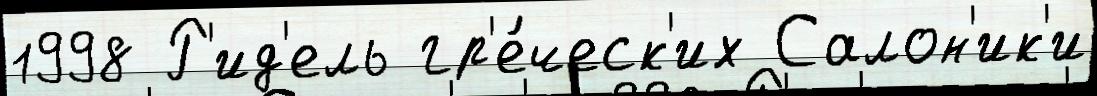
1998 Р'ид'ель гр'е́ческ'их Салон'ик'и